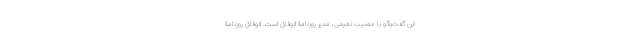
این گفت‌وگو با مصیب نعیمی، مدیر روزنامۀ الوفاق است. الوفاق روزنامۀ